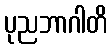
ပုညဘာဂါတိ